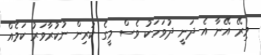
މިރޭ އޭނާ އެ ދަނީ ދުވަހަކު ވެސް މީގެ ކުރިން ނުކުރާވަރު ކަމެއް